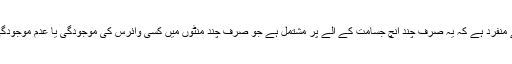
’’وائریون‘‘ اس لحاظ سے منفرد ہے کہ یہ صرف چند انچ جسامت کے آلے پر مشتمل ہے جو صرف چند منٹوں میں کسی وائرس کی موجودگی یا عدم موجودگی کی تصدیق کردیتا ہے۔